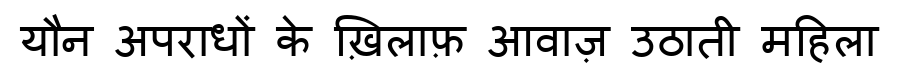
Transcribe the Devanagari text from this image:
यौन अपराधों के ख़िलाफ़ आवाज़ उठाती महिला